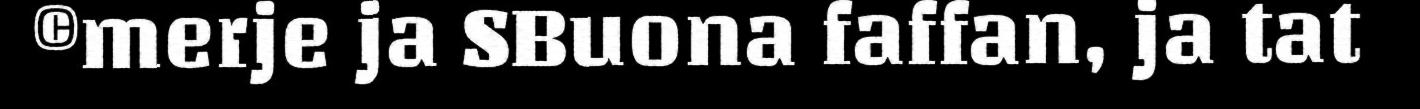
©merje ja SBuona faffan, ja tat